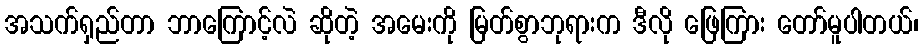
အသက်ရှည်တာ ဘာကြောင့်လဲ ဆိုတဲ့ အမေးကို မြတ်စွာဘုရားက ဒီလို ဖြေကြား တော်မူပါတယ်၊